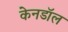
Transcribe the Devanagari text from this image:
केनडॉल